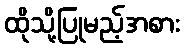
ထိုသို့ပြုမည့်အစား